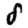
Digit: 8